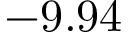
- 9 . 9 4